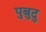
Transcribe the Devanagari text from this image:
पुबुदु